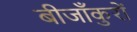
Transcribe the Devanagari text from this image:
बीजाँकुरों